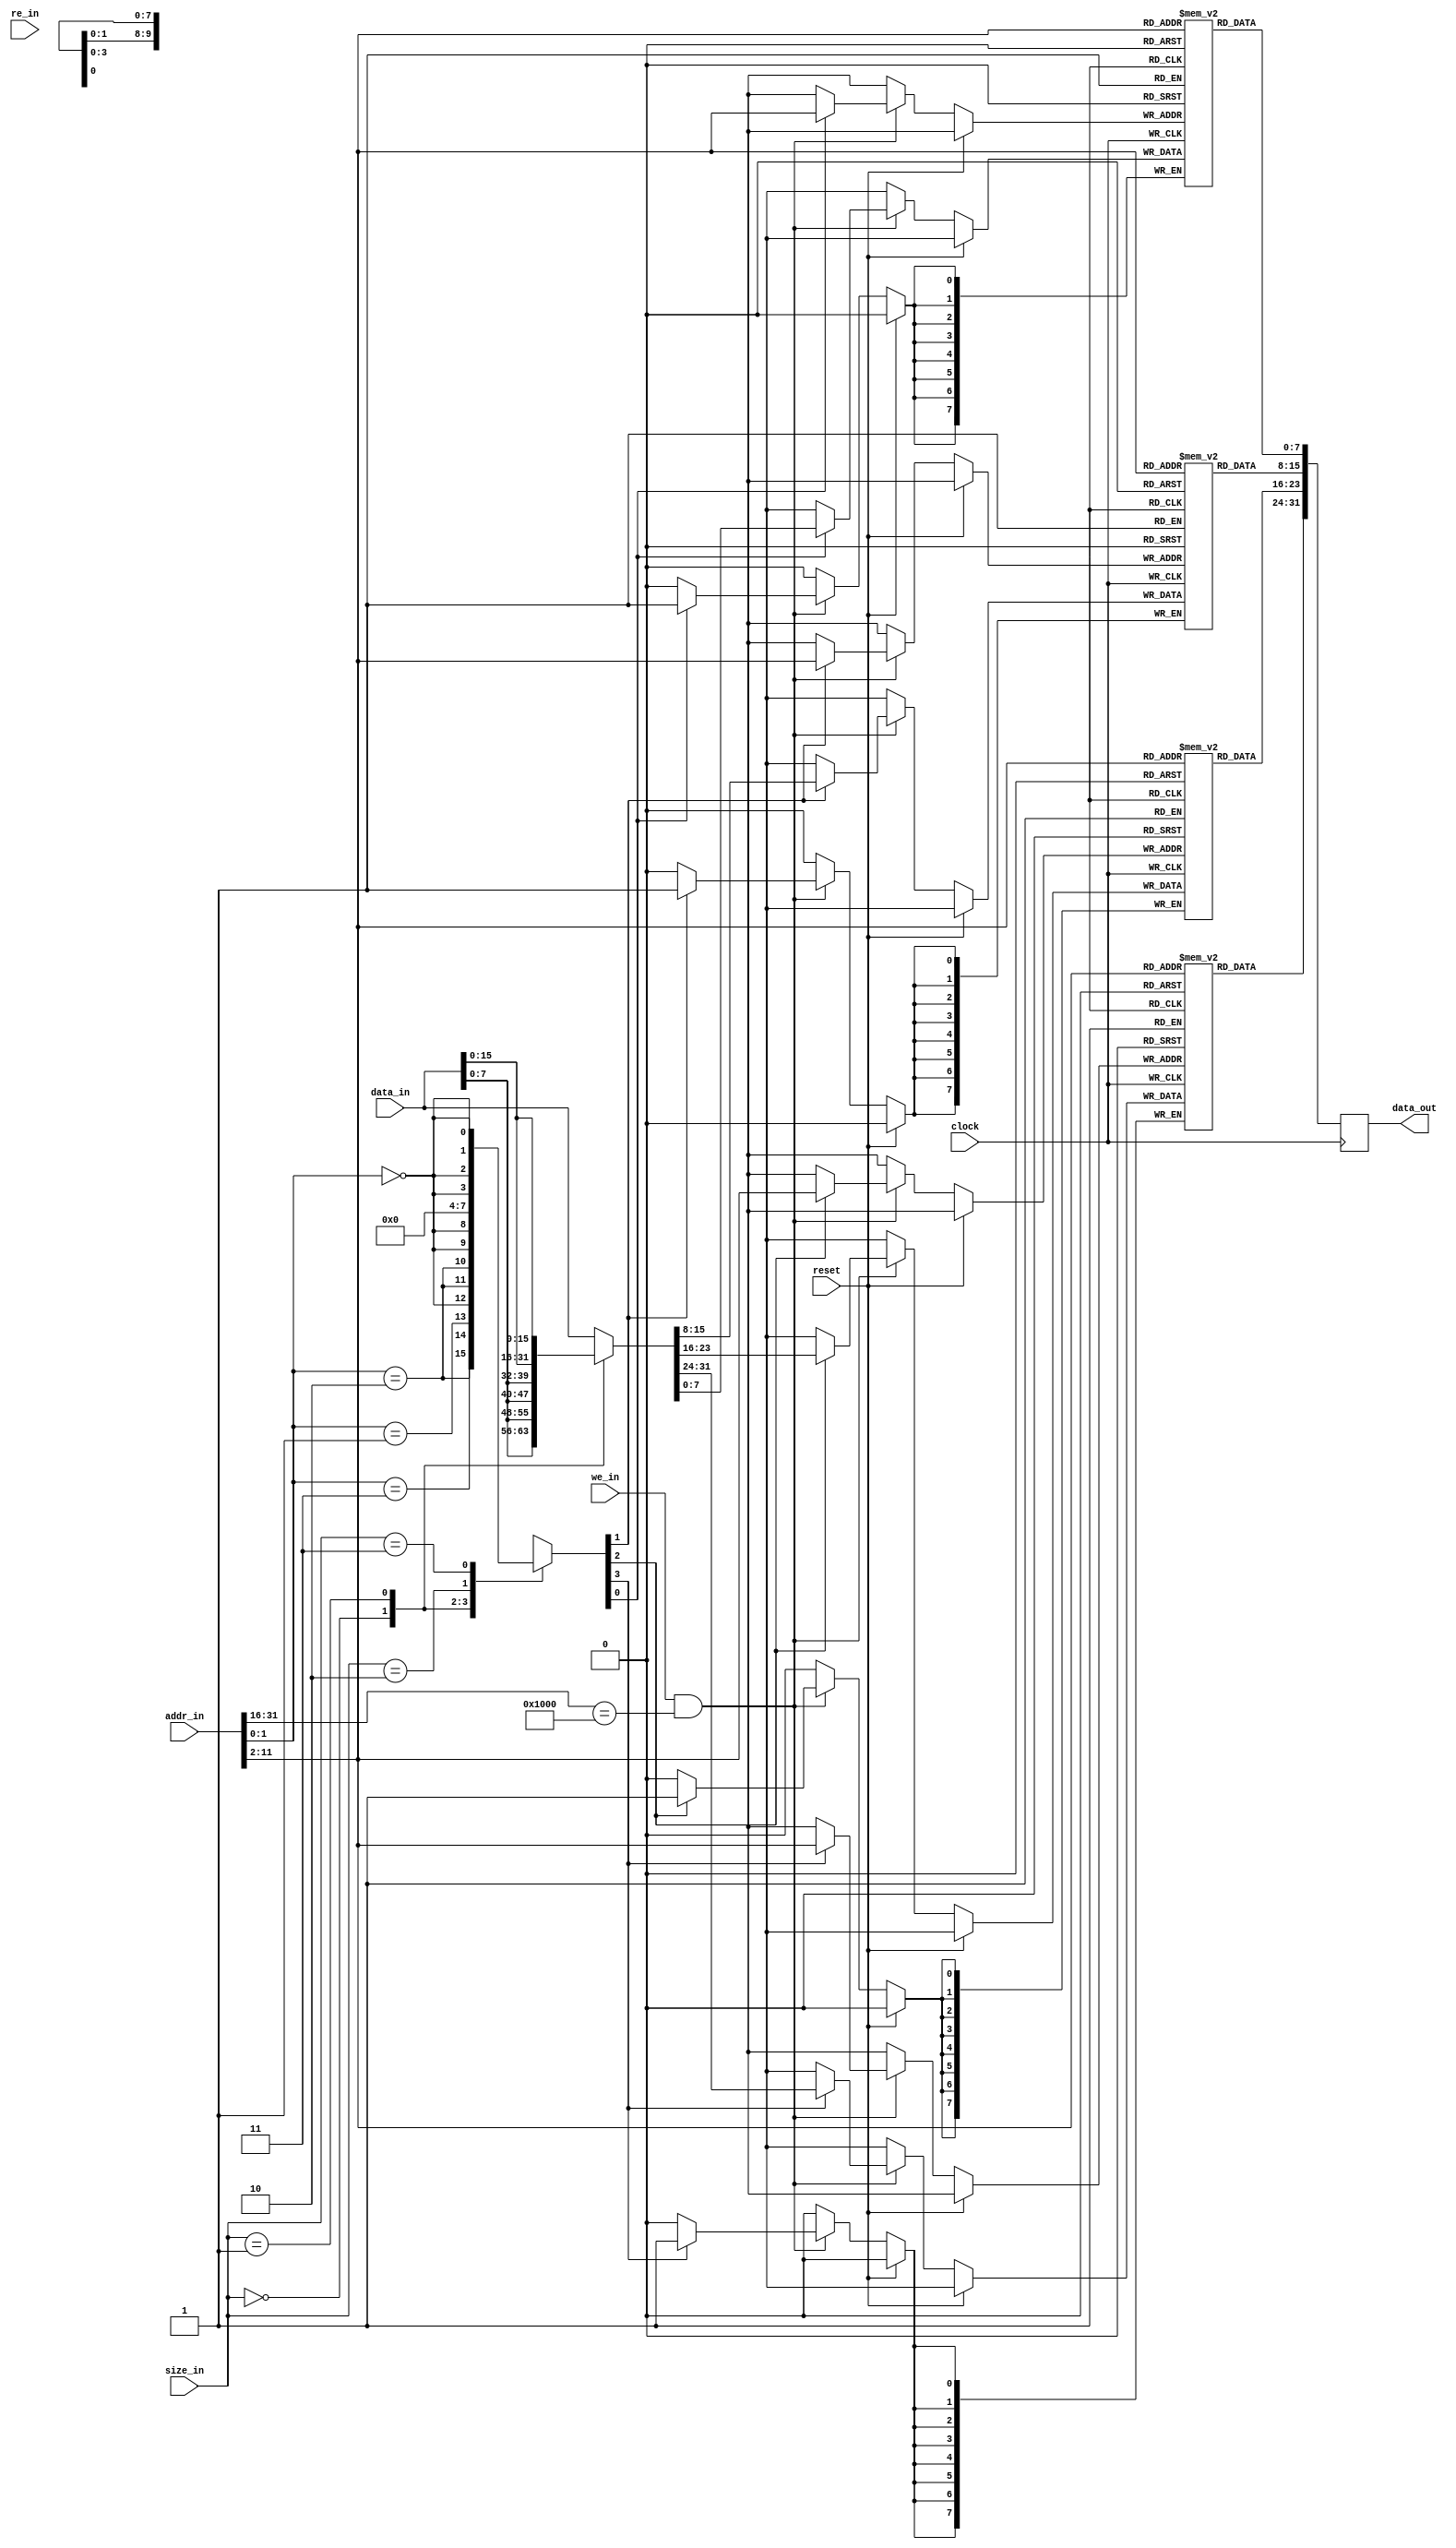
/*
**  COE181.1 Lab4/5 Provided Module Solution
** -------------------------------------------------------------------
**  Async Memory Module for Single-Cycle MIPS Processor for Altera FPGAs
**   Clocks reads on _negative_ edge of clock so that reads can happen in
**   "one" cycle
**
**   MEM_ADDR parameter specifies the top 16-bits of the addr_in signal that must
**   match before a write is allowed to proceed.  The memory will "wrap" so writes to
**   0x0000 and 0x8000 would be the same location, etc.
**
**
**  NOTE:  The Provided Modules do NOT follow the course coding standards
*/

module async_memory(
	input clock,
	input reset,
	
	input		[31:0]	addr_in,
	output		[31:0]	data_out,
	input		[31:0]	data_in,
	input		[1:0]		size_in, //0=byte, 1=2-byte, 2=unaligned, 3=word
	input					we_in,
	input					re_in
	);
	parameter	MEM_ADDR = 16'h1000;
	parameter	DO_INIT = 0;

	//review these lines
	parameter	INIT_PROGRAM0 = "c:/altera/11.1sp1/141/hello_world.data_ram0.memh";
	parameter	INIT_PROGRAM1 = "c:/altera/11.1sp1/141/hello_world.data_ram1.memh";
	parameter	INIT_PROGRAM2 = "c:/altera/11.1sp1/141/hello_world.data_ram2.memh";
	parameter	INIT_PROGRAM3 = "c:/altera/11.1sp1/141/hello_world.data_ram3.memh";
	reg	[256*8:1] file_init0, file_init1, file_init2, file_init3;
	
	localparam NUM_WORDS = 1024;
	localparam NUM_WORDS_LOG = 10;
	
	initial begin
		if (DO_INIT == 1) begin
			$readmemh(INIT_PROGRAM0, mem0);
			$readmemh(INIT_PROGRAM1, mem1);
			$readmemh(INIT_PROGRAM2, mem2);
			$readmemh(INIT_PROGRAM3, mem3);
		end
	end
	
	//memory for 4KB of data
	reg [7:0] mem3	[0:NUM_WORDS-1]; //31:24
	reg [7:0] mem2	[0:NUM_WORDS-1]; //23:16
	reg [7:0] mem1	[0:NUM_WORDS-1]; //15:8
	reg [7:0] mem0	[0:NUM_WORDS-1]; //7:0
	
	reg	[31:0]	rd;
	assign data_out = rd;
	
	//read data all the time
	/*
	always @(*) begin
		rd[31:24] <= mem3[addr_i[2+NUM_WORDS_LOG-1:2]];		
		rd[23:16] <= mem2[addr_i[2+NUM_WORDS_LOG-1:2]];		
		rd[15:8] <= mem1[addr_i[2+NUM_WORDS_LOG-1:2]];		
		rd[7:0] <= mem0[addr_i[2+NUM_WORDS_LOG-1:2]];		
	end*/
	
	//alternate version uses negative edge of clock for memory accesses
	always @(negedge clock) begin
		rd[31:24] <= mem3[addr_in[2+NUM_WORDS_LOG-1:2]];		
		rd[23:16] <= mem2[addr_in[2+NUM_WORDS_LOG-1:2]];		
		rd[15:8] <= mem1[addr_in[2+NUM_WORDS_LOG-1:2]];		
		rd[7:0] <= mem0[addr_in[2+NUM_WORDS_LOG-1:2]];		
	end
	
	//decode address and size into byte-enables
	reg [3:0] rowWE;
	always @(*) begin
		case(size_in)
			2'b00: rowWE <= { addr_in[1:0] == 3, addr_in[1:0] == 2, addr_in[1:0] == 1, addr_in[1:0] == 0 };
			2'b01: rowWE <= { {2{addr_in[1:0] == 2}}, {2{addr_in[1:0]==0}}};
			2'b10: rowWE <= 4'b0000; //unaligned write unsupported
			2'b11: rowWE <= { {4{addr_in[1:0] == 0}} };
		endcase
	end
	
	//we need to make sure the write data from the processor ends up in the correct byte location
	reg	[31:0]	write_data;
	always @(*) begin
		case(size_in)
			2'b00: write_data <= {data_in[7:0], data_in[7:0], data_in[7:0], data_in[7:0]};
			2'b01: write_data <= {data_in[15:0], data_in[15:0]};
			default: write_data <= data_in[31:0];
		endcase
	end
	
	
	//on posedge of clock, write data only if wr_en is high
	always @(posedge clock) begin
		if (reset) begin
		end else begin
			if (we_in && (addr_in[31:16] == MEM_ADDR)) begin
				if (rowWE[3]) mem3[addr_in[2+NUM_WORDS_LOG-1:2]] <= write_data[31:24];
				if (rowWE[2]) mem2[addr_in[2+NUM_WORDS_LOG-1:2]] <= write_data[23:16];
				if (rowWE[1]) mem1[addr_in[2+NUM_WORDS_LOG-1:2]] <= write_data[15:08];
				if (rowWE[0]) mem0[addr_in[2+NUM_WORDS_LOG-1:2]] <= write_data[07:00];
			end
		end
	end
	

endmodule